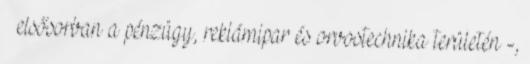
– elsősorban a pénzügy, reklámipar és orvostechnika területén -,